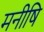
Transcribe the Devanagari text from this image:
मनीषि